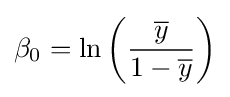
\beta _{0}=\ln \left({\frac {\overline {y}}{1-{\overline {y}}}}\right)